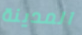
المدينة